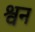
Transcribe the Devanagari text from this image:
श्वन